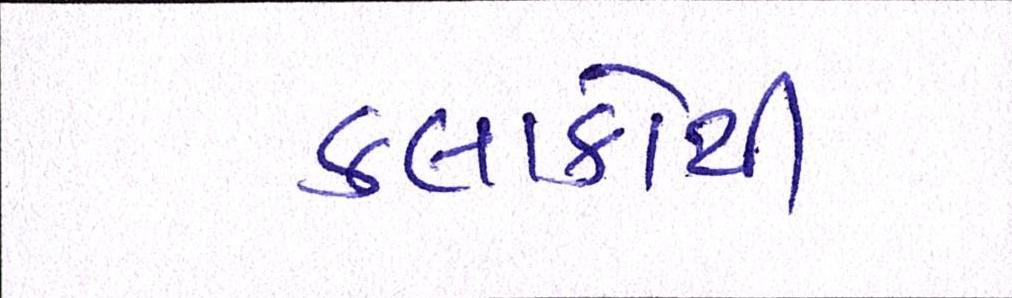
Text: કલાકોથી